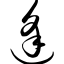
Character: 逢